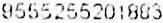
9555255201883